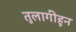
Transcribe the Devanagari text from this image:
तुलागीहून